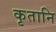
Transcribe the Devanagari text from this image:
कृतानि